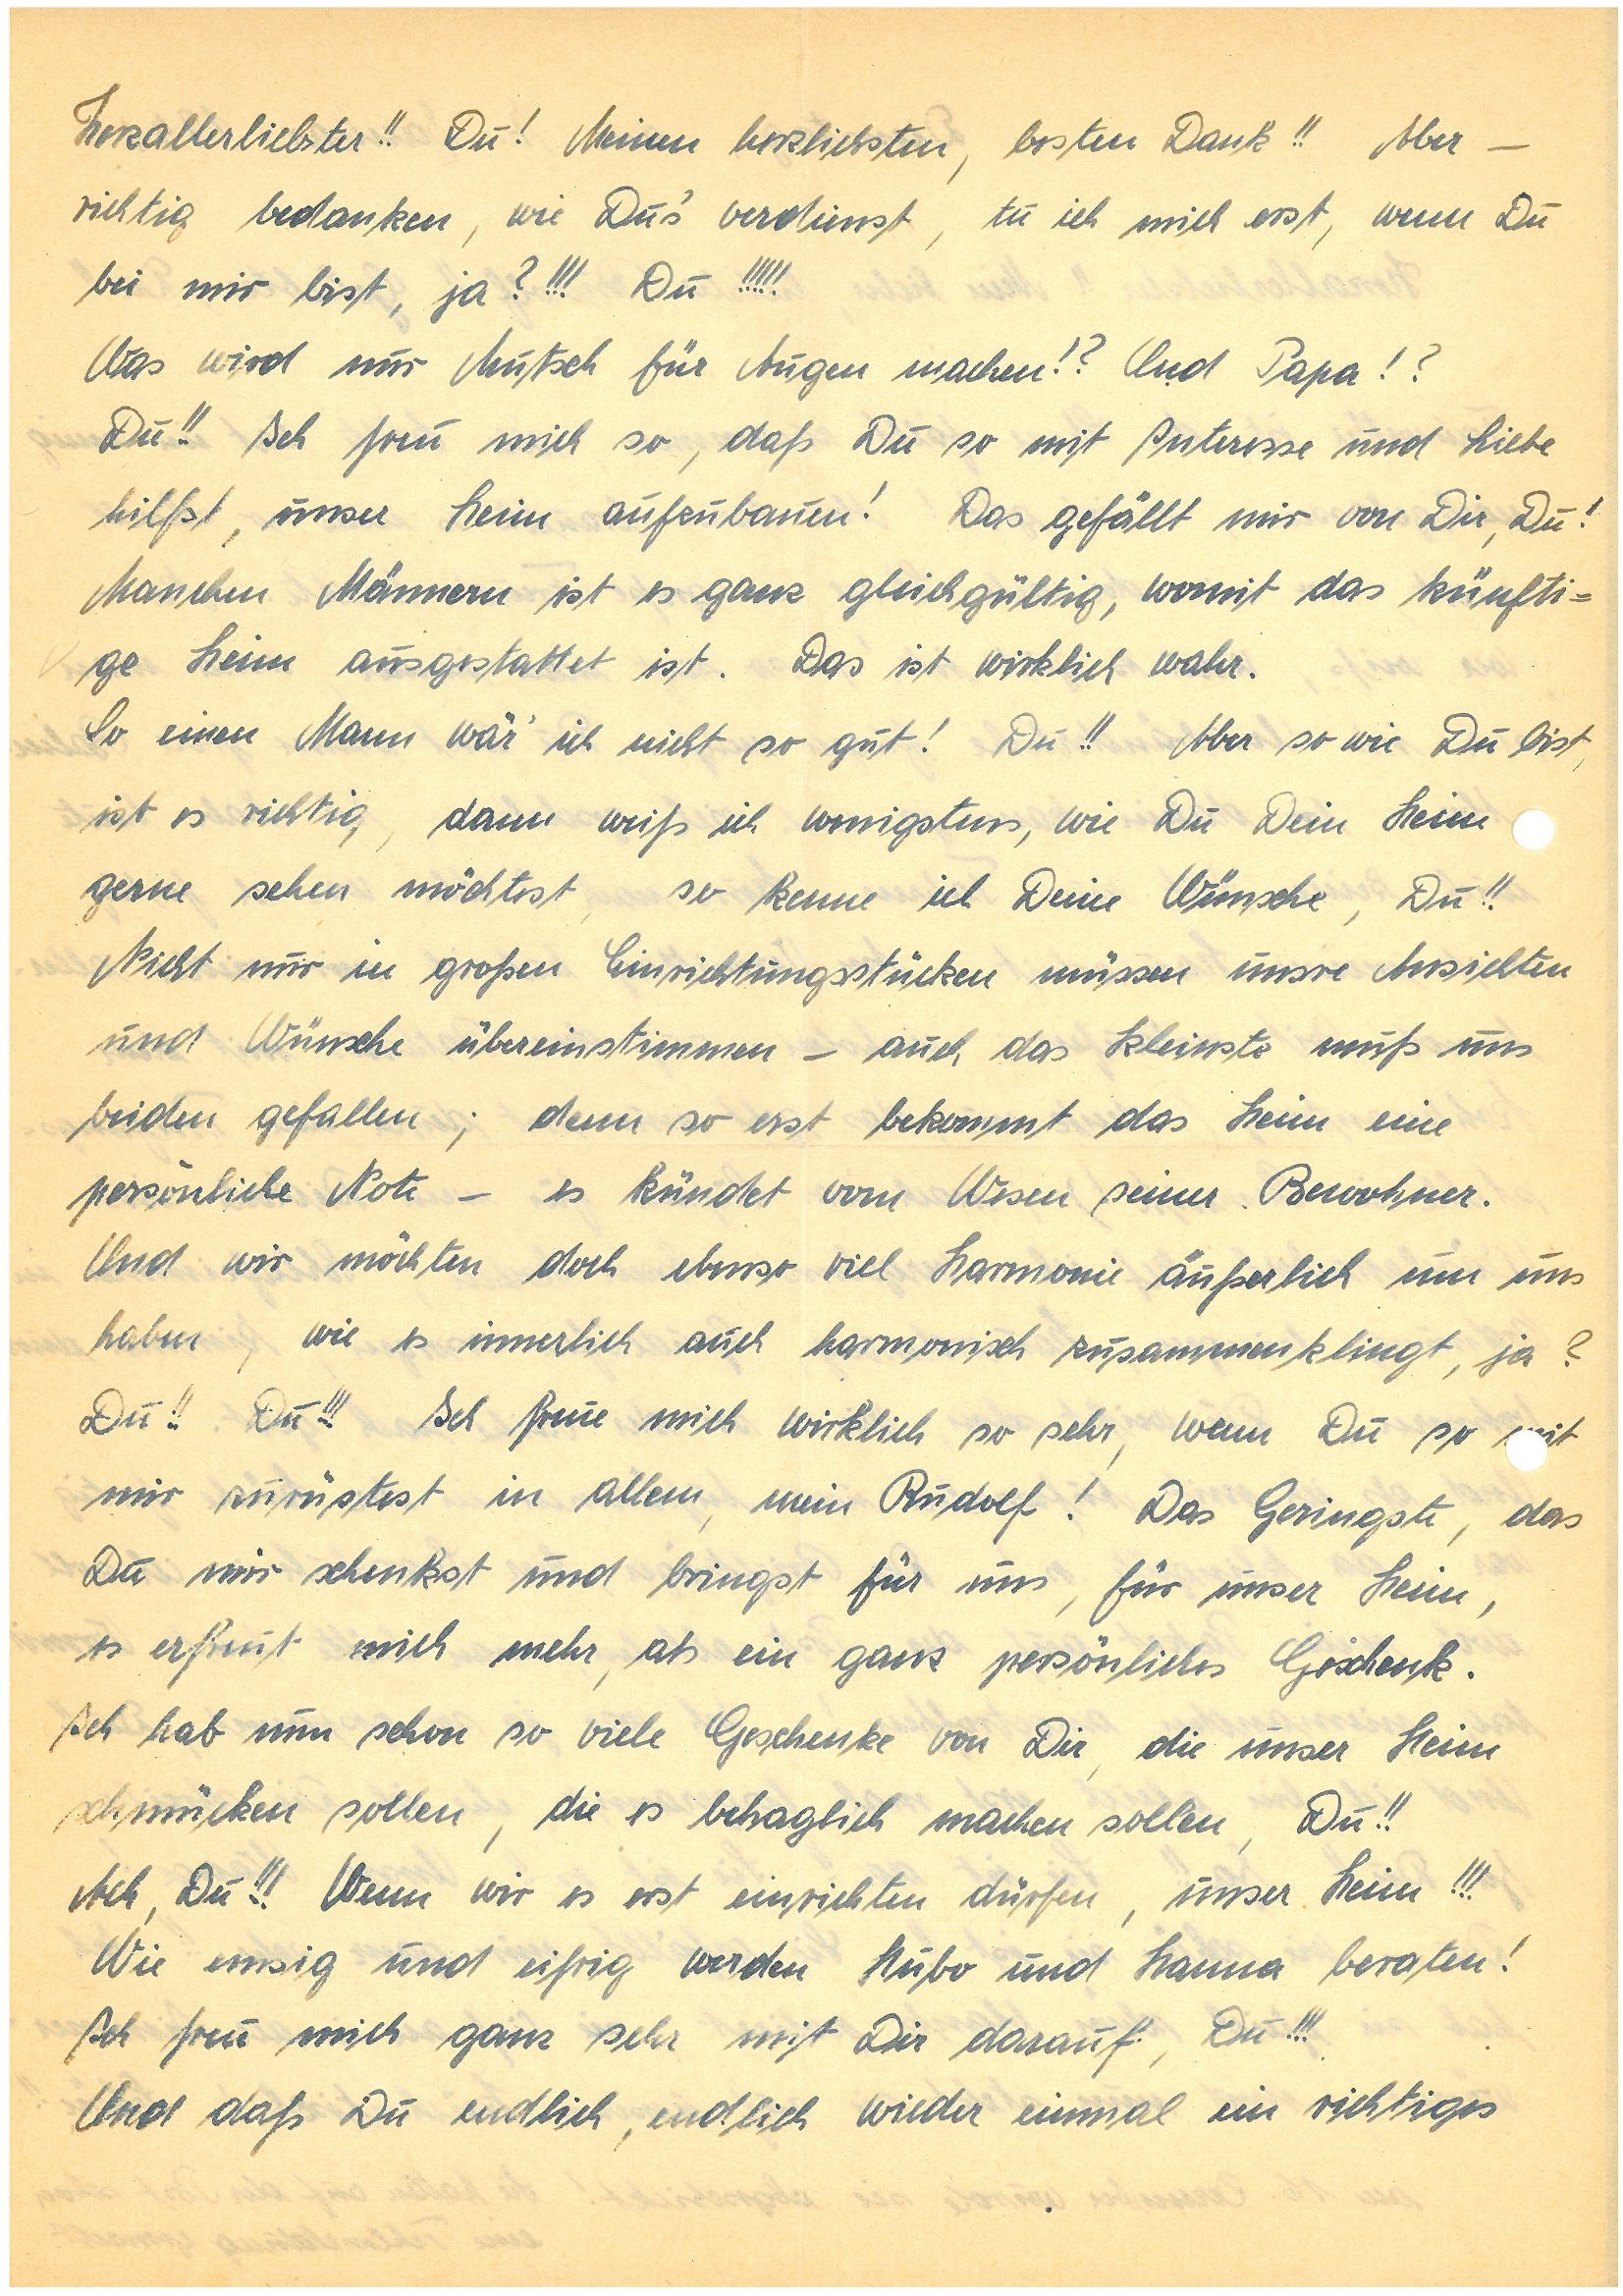
Herzallerliebster!! Du! Meinen herzliebsten, besten Dank!! Aber –
richtig bedanken, wie Du’s verdienst, tu ich mich erst, wenn Du
bei mir bist, ja?!!! Du!!!!!
Was wird nur Mutsch für Augen machen!? Und Papa!?
Du!! Ich freu mich so, daß Du so mit Interesse und Liebe
hilfst, unser Heim aufzubauen! Das gefällt mir von Dir, Du!
Manchen Männern ist es ganz gleichgültig, womit das künfti-
ge Heim ausgestattet ist. Das ist wirklich wahr.
So einen Mann wär ich nicht so gut! Du!! Aber so wie Du bist,
ist es richtig, dann weiß ich wenigstens, wie Du Dein Heim
gerne sehen möchtest, so kenne ich Deine Wünsche, Du!!
Nicht nur in großen Einrichtungsstücken müssen unsre Ansichten
und Wünsche übereinstimmen – auch das kleinste muss und
beiden gefallen; denn so erst bekommt das Heim eine
persönliche Note – es kündet vom Wesen seiner Bewohner.
Und wir möchten doch ebenso viel Harmonie äußerlich um uns
haben, wie es innerlich auch harmonisch zusammenklingt, ja?
Du!! Du!!! Ich freue mich wirklich so sehr, wenn Du so t mir
zurüstest in allem, mein! Das Geringste, das
Du mir schenkst und bringst für uns, für unser Heim,
es erfreut mich mehr, als ein ganz persönliches Geschenk.
Ich hab nun schon so viele Geschenke von Dir, die unser Heim
schmücken sollen, die es behaglich machen sollen, Du!!
Ach, Du!!! Wenn wir es erst einrichten dürfen, unser Heim!!!
Wie emsig und eifrig werden Hubo und beraten!
Ich freu mich ganz sehr mit Dir darauf, Du!!!
Und daß Du endlich, endlich wieder einmal ein richtiges